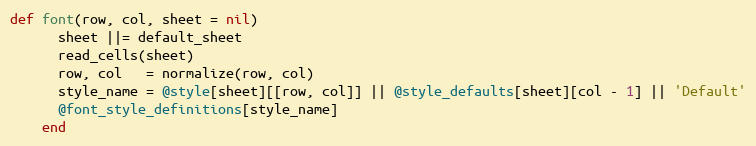
Language: Ruby
def font(row, col, sheet = nil)
      sheet ||= default_sheet
      read_cells(sheet)
      row, col   = normalize(row, col)
      style_name = @style[sheet][[row, col]] || @style_defaults[sheet][col - 1] || 'Default'
      @font_style_definitions[style_name]
    end